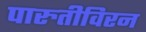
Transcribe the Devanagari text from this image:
पारुतीविरन